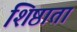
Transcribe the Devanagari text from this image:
शिष्ठाता